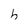
Character: h